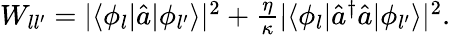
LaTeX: \begin{array}{r}{W_{ll^{\prime}}=|\langle\phi_{l}|\hat{a}|\phi_{l^{\prime}}\rangle|^{2}+\frac{\eta}{\kappa}|\langle\phi_{l}|\hat{a}^{\dagger}\hat{a}|\phi_{l^{\prime}}\rangle|^{2}.}\end{array}